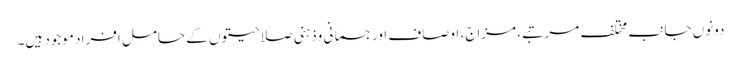
دونوں جانب مختلف مرتبے، مزاج، اوصاف اورجسمانی وذہنی صلاحیتوں کے حامل افراد موجود ہیں۔